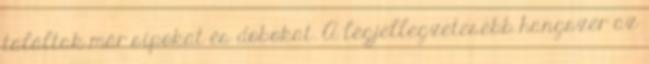
találtak már sípokat és dobokat. A legjellegzetesebb hangszer az